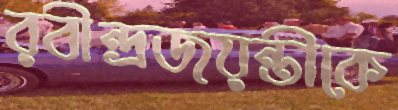
রবীন্দ্রজয়ন্তীকে